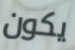
يكون